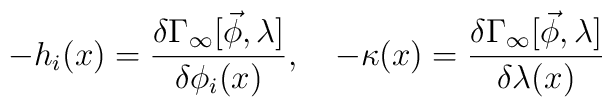
-h_i(x)= \frac {\delta \Gamma_{\infty} [\vec \phi,\lambda]}{\delta \phi_i(x)}, \quad- \kappa(x)=\frac{\delta \Gamma_{\infty}[\vec \phi,\lambda]}  {\delta \lambda(x)}